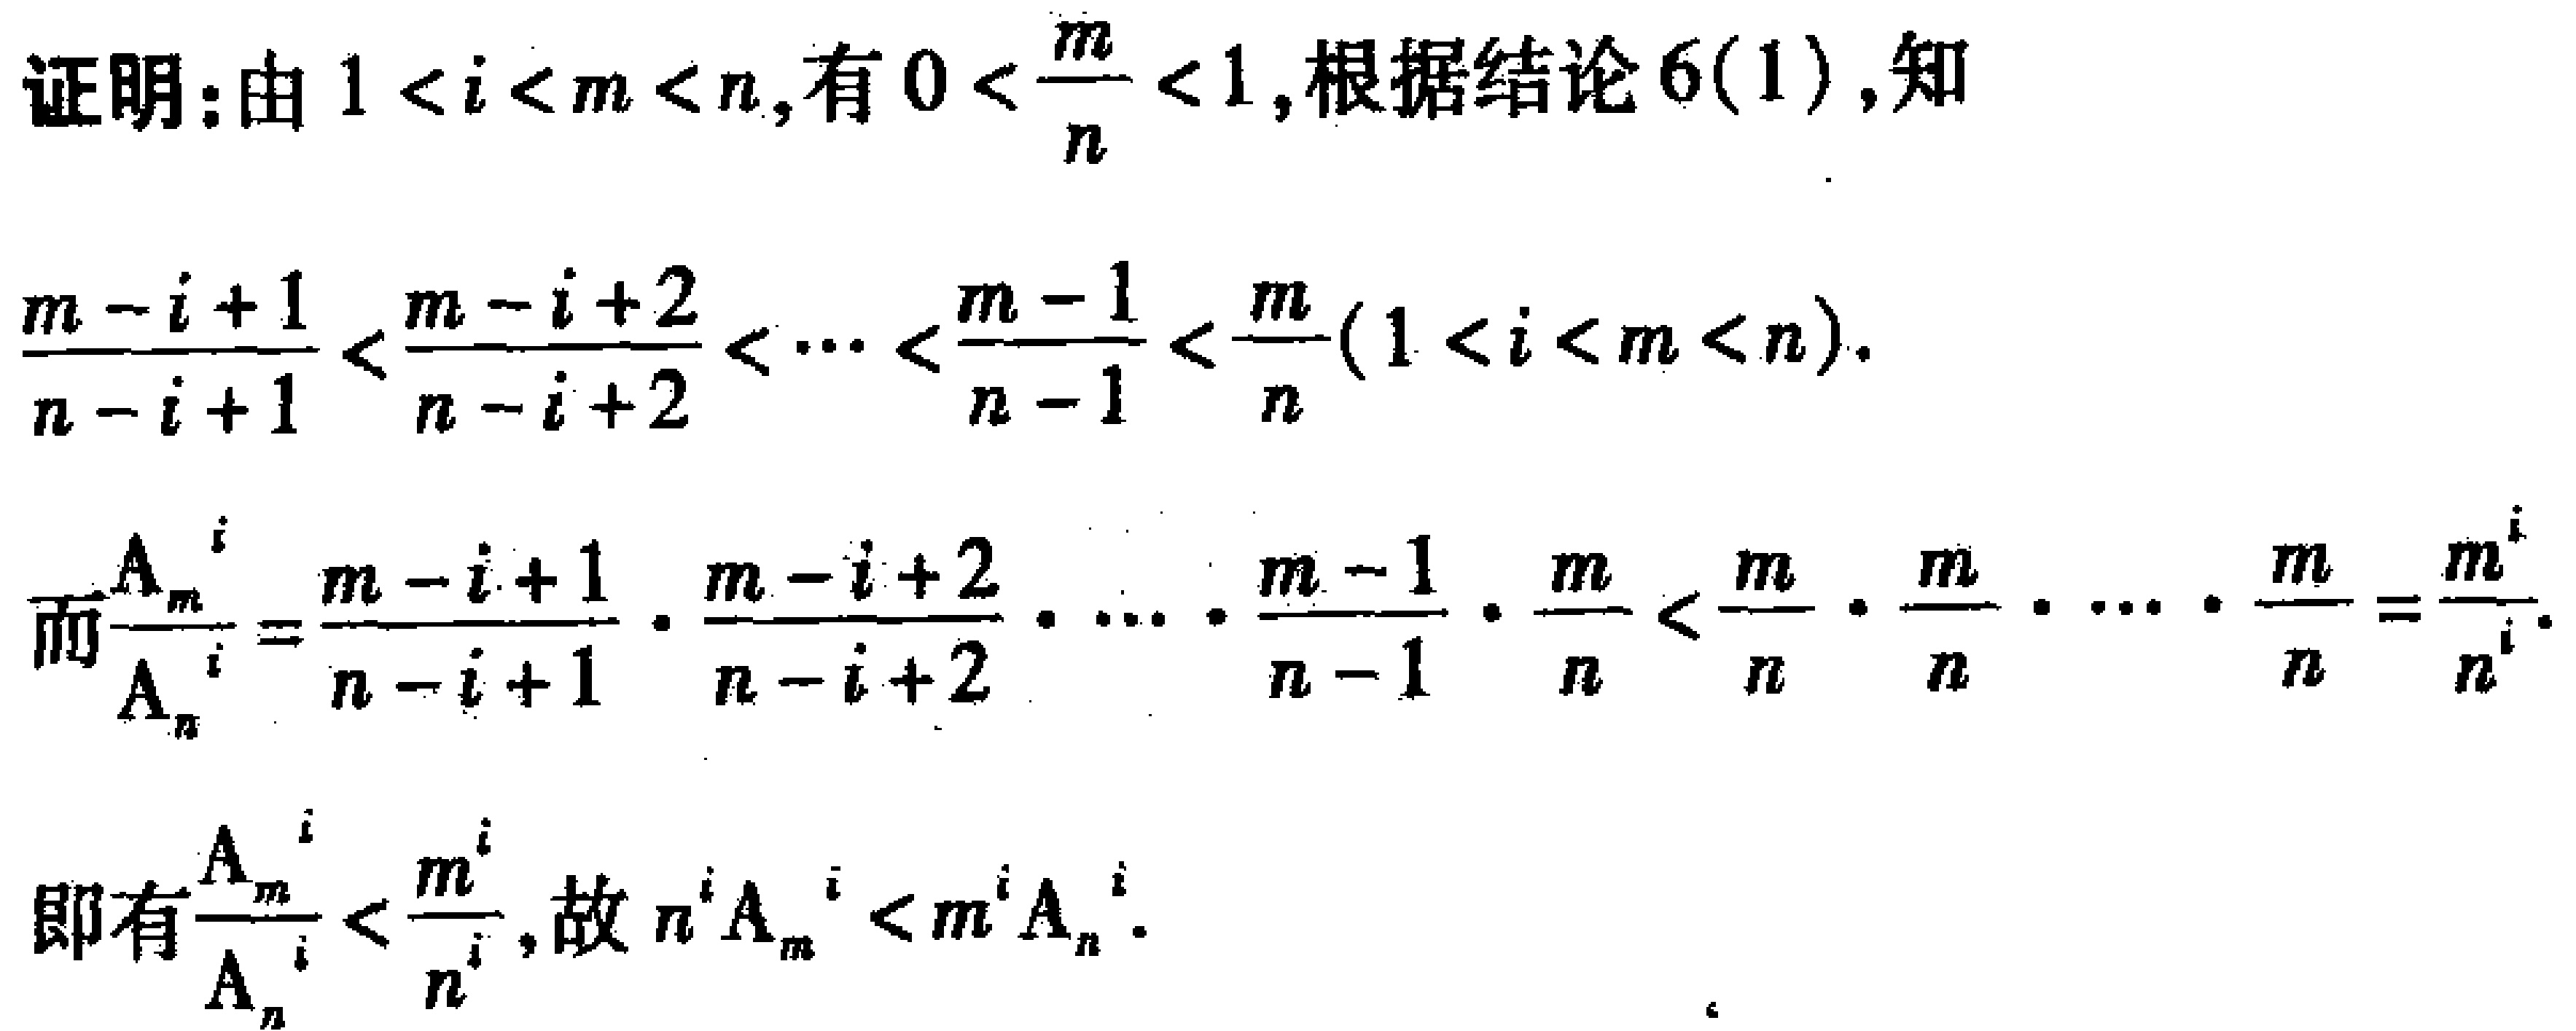
证明：由\(1 < i < m < n\)，有\(0 < \frac{m}{n} < 1\)，根据结论6(1)，知

\(\frac{m - i + 1}{n - i + 1} < \frac{m - i + 2}{n - i + 2} < \cdots < \frac{m - 1}{n - 1} < \frac{m}{n}(1 < i < m < n)\).

而\(\frac{A_{m}^{i}}{A_{n}^{i}} = \frac{m - i + 1}{n - i + 1} \cdot \frac{m - i + 2}{n - i + 2} \cdot \cdots \cdot \frac{m - 1}{n - 1} \cdot \frac{m}{n} < \frac{m}{n} \cdot \frac{m}{n} \cdot \cdots \cdot \frac{m}{n} = \frac{m^{i}}{n^{i}}\).

即有\(\frac{A_{m}^{i}}{A_{n}^{i}} < \frac{m^{i}}{n^{i}}\)，故\(n^{i}A_{m}^{i} < m^{i}A_{n}^{i}\).